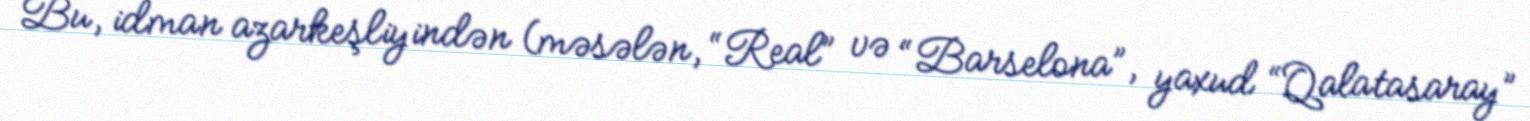
Bu, idman azarkeşliyindən (məsələn, “Real” və “Barselona”, yaxud “Qalatasaray”